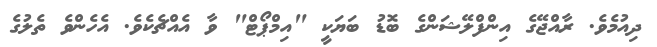
ދިއުމެވެ. ރާއްޖޭގެ އިންފްލޭޝަންގެ ބޮޑު ބަޔަކީ "އިމްޕޯޓް" ވާ އެއްޗެކެވެ. އެހެންވެ ތެލުގެ